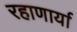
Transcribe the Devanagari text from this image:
रहाणार्या